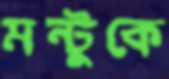
মন্টুকে